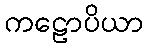
ကဠောပိယာ